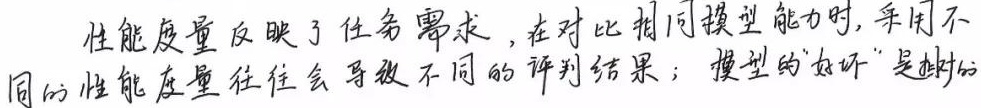
性能度量反映了任务需求，在对比相同模型能力时，采用不同的性能度量往往会导致不同的评判结果；模型的“好坏”是相对的